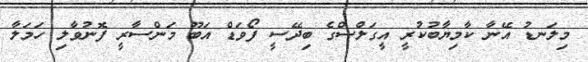
މިލަނޑު އޭނާ ކާމިޔާބުކުރީ އީގަލްސްގެ ބިދޭސީ ފޯވަޑް އަބޫ މަންސާރީ ފޮނުވާލި ހަމަލާ